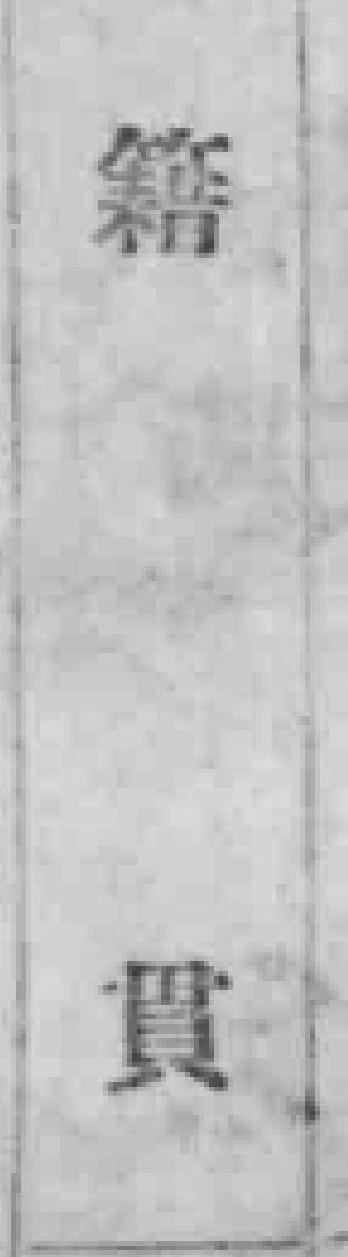
籍貫